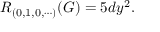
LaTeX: { \cal R } _ { ( 0 , 1 , 0 , \cdots ) } ( G ) = 5 d y ^ { 2 } .